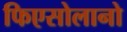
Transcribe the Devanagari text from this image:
फिएसोलानो